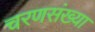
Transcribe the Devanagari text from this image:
चरणसंख्या